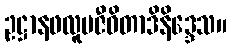
ဥဋ္ဌာနဖလူပဇီဝိတာဒိနိဒ္ဒေသ။